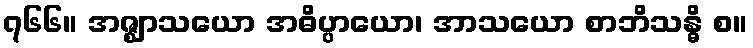
၇၆၆။ အဇ္ဈာသယော အဓိပ္ပာယော၊ အာသယော စာဘိသန္ဓိ စ။